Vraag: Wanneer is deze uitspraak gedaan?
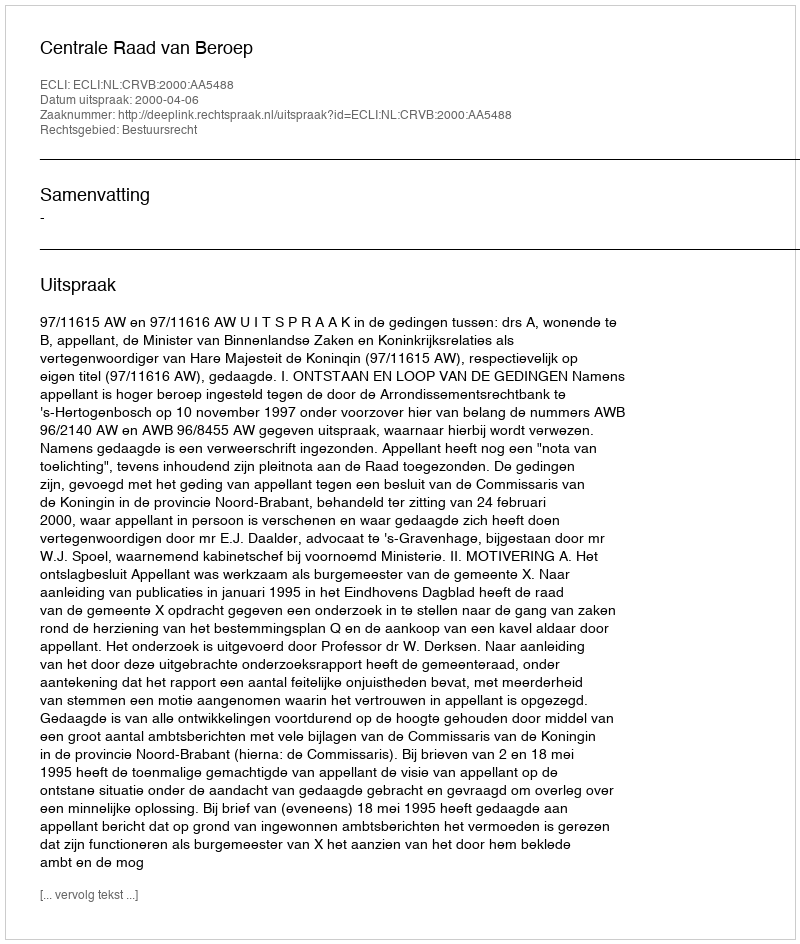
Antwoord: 2000-04-06